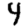
Digit: 4